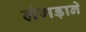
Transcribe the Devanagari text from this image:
लंगड़ाने